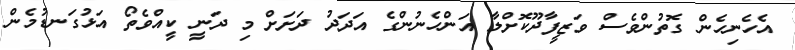
އެހެނިހެން ގޮތުންވެސް ވަޒީފާދޫކޮށްލާ އަންހެނުންގެ އަދަދު ދަށަށް މި ދަނީ ކީއްވެތޯ އަޅުގަނޑުމެން